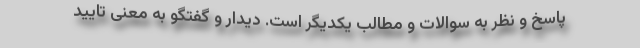
پاسخ و نظر به سوالات و مطالب یکدیگر است. دیدار و گفتگو به معنی تایید